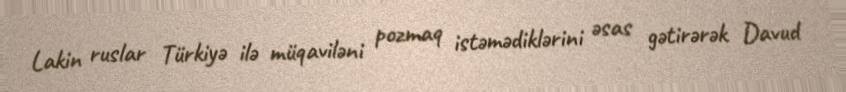
Lakin ruslar Türkiyə ilə müqaviləni pozmaq istəmədiklərini əsas gətirərək Davud